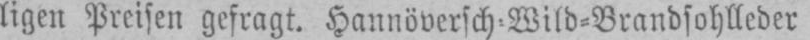
ligen Preisen gefragt. Hannöversch-Wild-Brandsohlleder